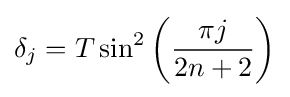
\delta _{j}=T\sin ^{2}\left({\frac {\pi j}{2n+2}}\right)